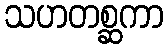
သဟတစ္ဆကာ